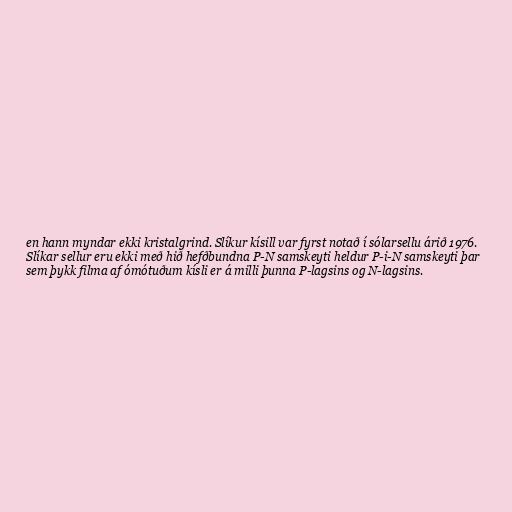
en hann myndar ekki kristalgrind. Slíkur kísill var fyrst notað í sólarsellu árið 1976.
Slíkar sellur eru ekki með hið hefðbundna P-N samskeyti heldur P-i-N samskeyti þar
sem þykk filma af ómótuðum kísli er á milli þunna P-lagsins og N-lagsins.